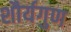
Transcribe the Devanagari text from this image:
शौर्यगुण